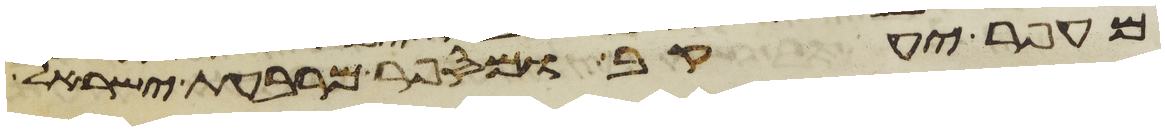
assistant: עפר יעקב ומי ספר מרבע ישראל